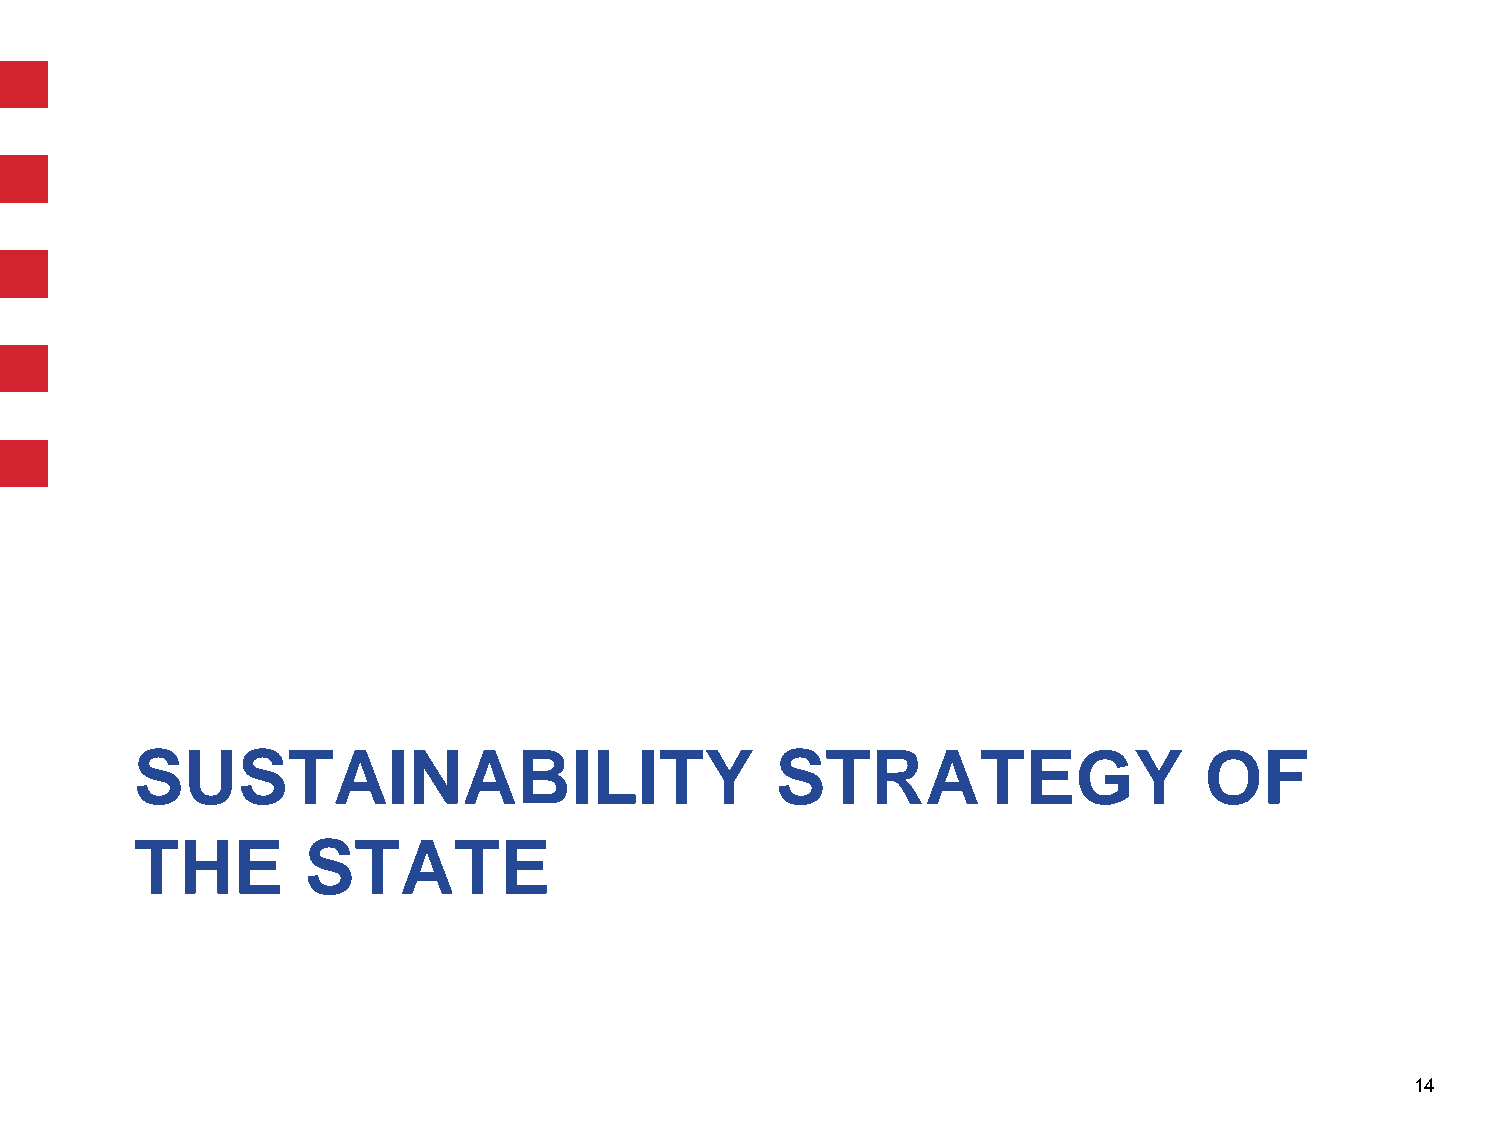
SUSTAINABILITY                            STRATEGY                     OF
 THE        STATE
 14